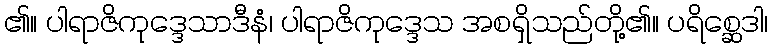
၏။ ပါရာဇိကုဒ္ဒေသာဒီနံ၊ ပါရာဇိကုဒ္ဒေသ အစရှိသည်တို့၏။ ပရိစ္ဆေဒါ၊